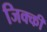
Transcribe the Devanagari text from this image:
जिक्की